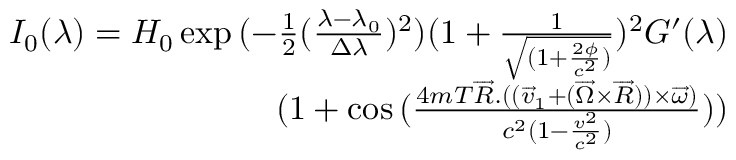
\begin{array} { r } { I _ { 0 } ( \lambda ) = H _ { 0 } \exp { ( - \frac { 1 } { 2 } ( \frac { \lambda - \lambda _ { 0 } } { \Delta \lambda } ) ^ { 2 } ) ( 1 + \frac { 1 } { \sqrt { ( 1 + \frac { 2 \phi } { c ^ { 2 } } ) } } ) ^ { 2 } } G ^ { \prime } ( \lambda ) } \\ { ( 1 + \cos { ( \frac { 4 m T \overrightarrow { R } . ( ( \overrightarrow { v } _ { 1 } + ( \overrightarrow { \Omega } \times \overrightarrow { R } ) ) \times \overrightarrow { \omega } ) } { c ^ { 2 } ( 1 - \frac { v ^ { 2 } } { c ^ { 2 } } ) } ) } ) } \end{array}